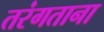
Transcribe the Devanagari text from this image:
तरंगताना